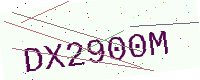
Text: DX2900M